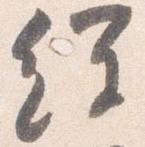
経